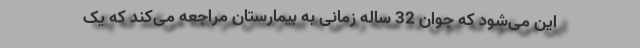
این می‌شود که جوان 32 ساله زمانی به بیمارستان مراجعه می‌کند که یک